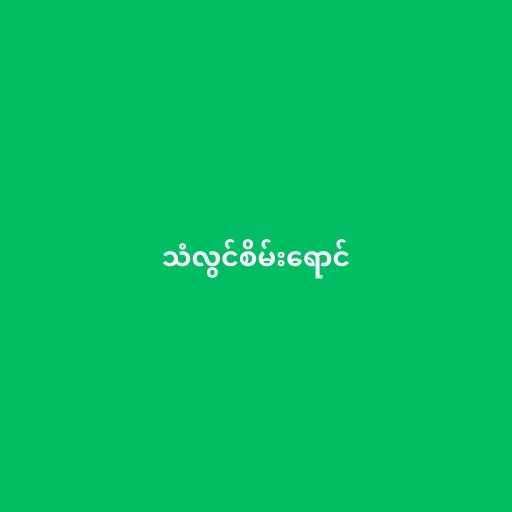
သံလွင်စိမ်းရောင်